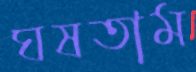
ঘষতাম